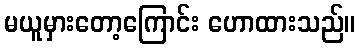
မယူမှားတော့ကြောင်း ဟောထားသည်။